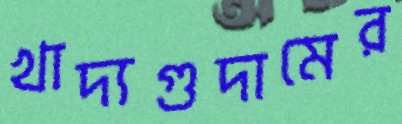
খাদ্যগুদামের